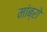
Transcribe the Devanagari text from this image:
मांब्रो